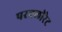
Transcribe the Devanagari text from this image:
परवलोरेट